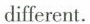
different.